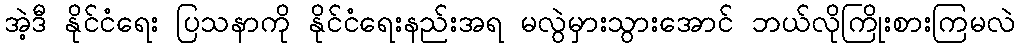
အဲ့ဒီ နိုင်ငံရေး ပြသနာကို နိုင်ငံရေးနည်းအရ မလွဲမှားသွားအောင် ဘယ်လိုကြိုးစားကြမလဲ